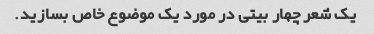
یک شعر چهار بیتی در مورد یک موضوع خاص بسازید.